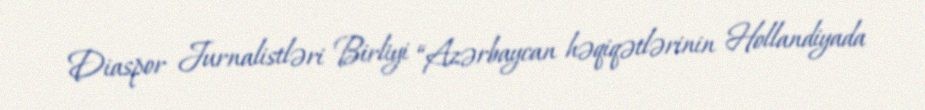
Diaspor Jurnalistləri Birliyi “Azərbaycan həqiqətlərinin Hollandiyada